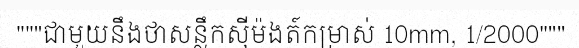
"""ជាមួយនឹងថាសន្លឹកស៊ីម៉ងត៍កម្រាស់ 10mm, 1/2000"""